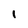
Character: I